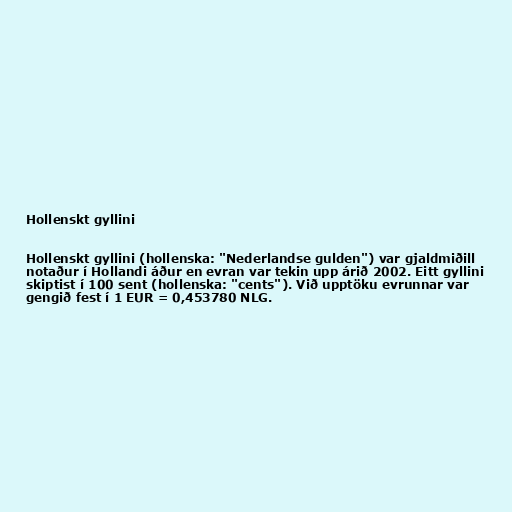
Hollenskt gyllini

Hollenskt gyllini (hollenska: "Nederlandse gulden") var gjaldmiðill
notaður í Hollandi áður en evran var tekin upp árið 2002. Eitt gyllini
skiptist í 100 sent (hollenska: "cents"). Við upptöku evrunnar var
gengið fest í 1 EUR = 0,453780 NLG.